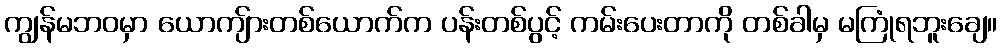
ကျွန်မဘဝမှာ ယောကျ်ားတစ်ယောက်က ပန်းတစ်ပွင့် ကမ်းပေးတာကို တစ်ခါမှ မကြုံရဘူးချေ။